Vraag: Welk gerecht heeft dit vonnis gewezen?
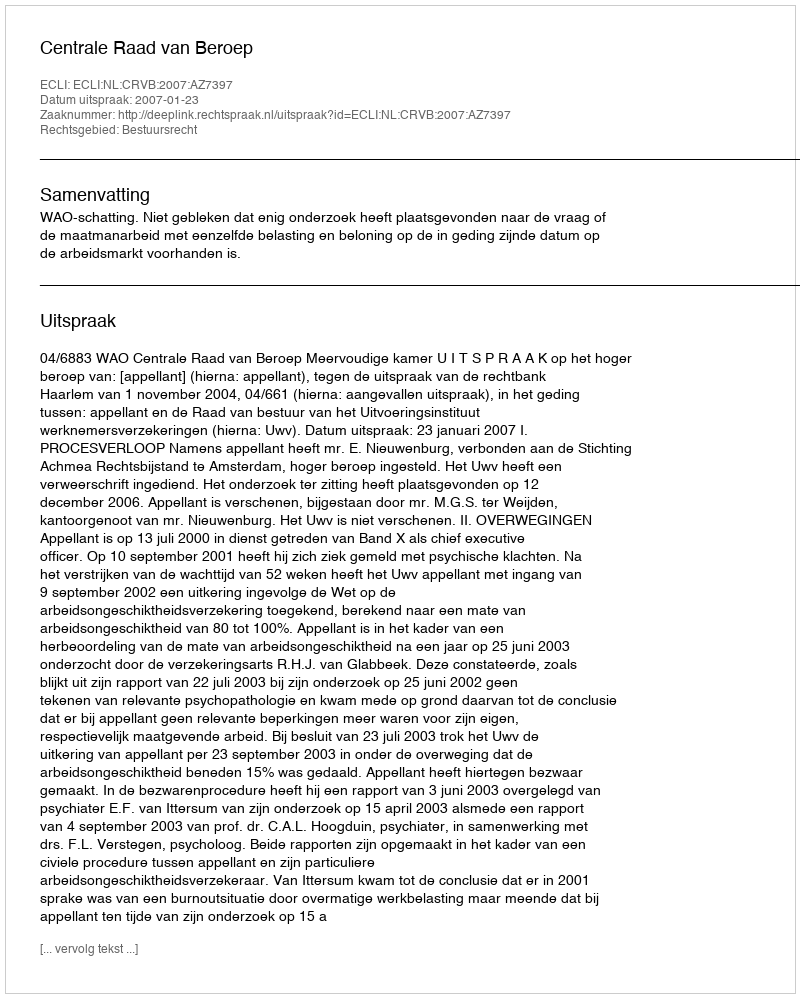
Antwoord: Centrale Raad van Beroep